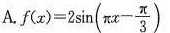
Af $$f(x)=2 \sin ( \pi x- \frac{ \pi }{3})$$